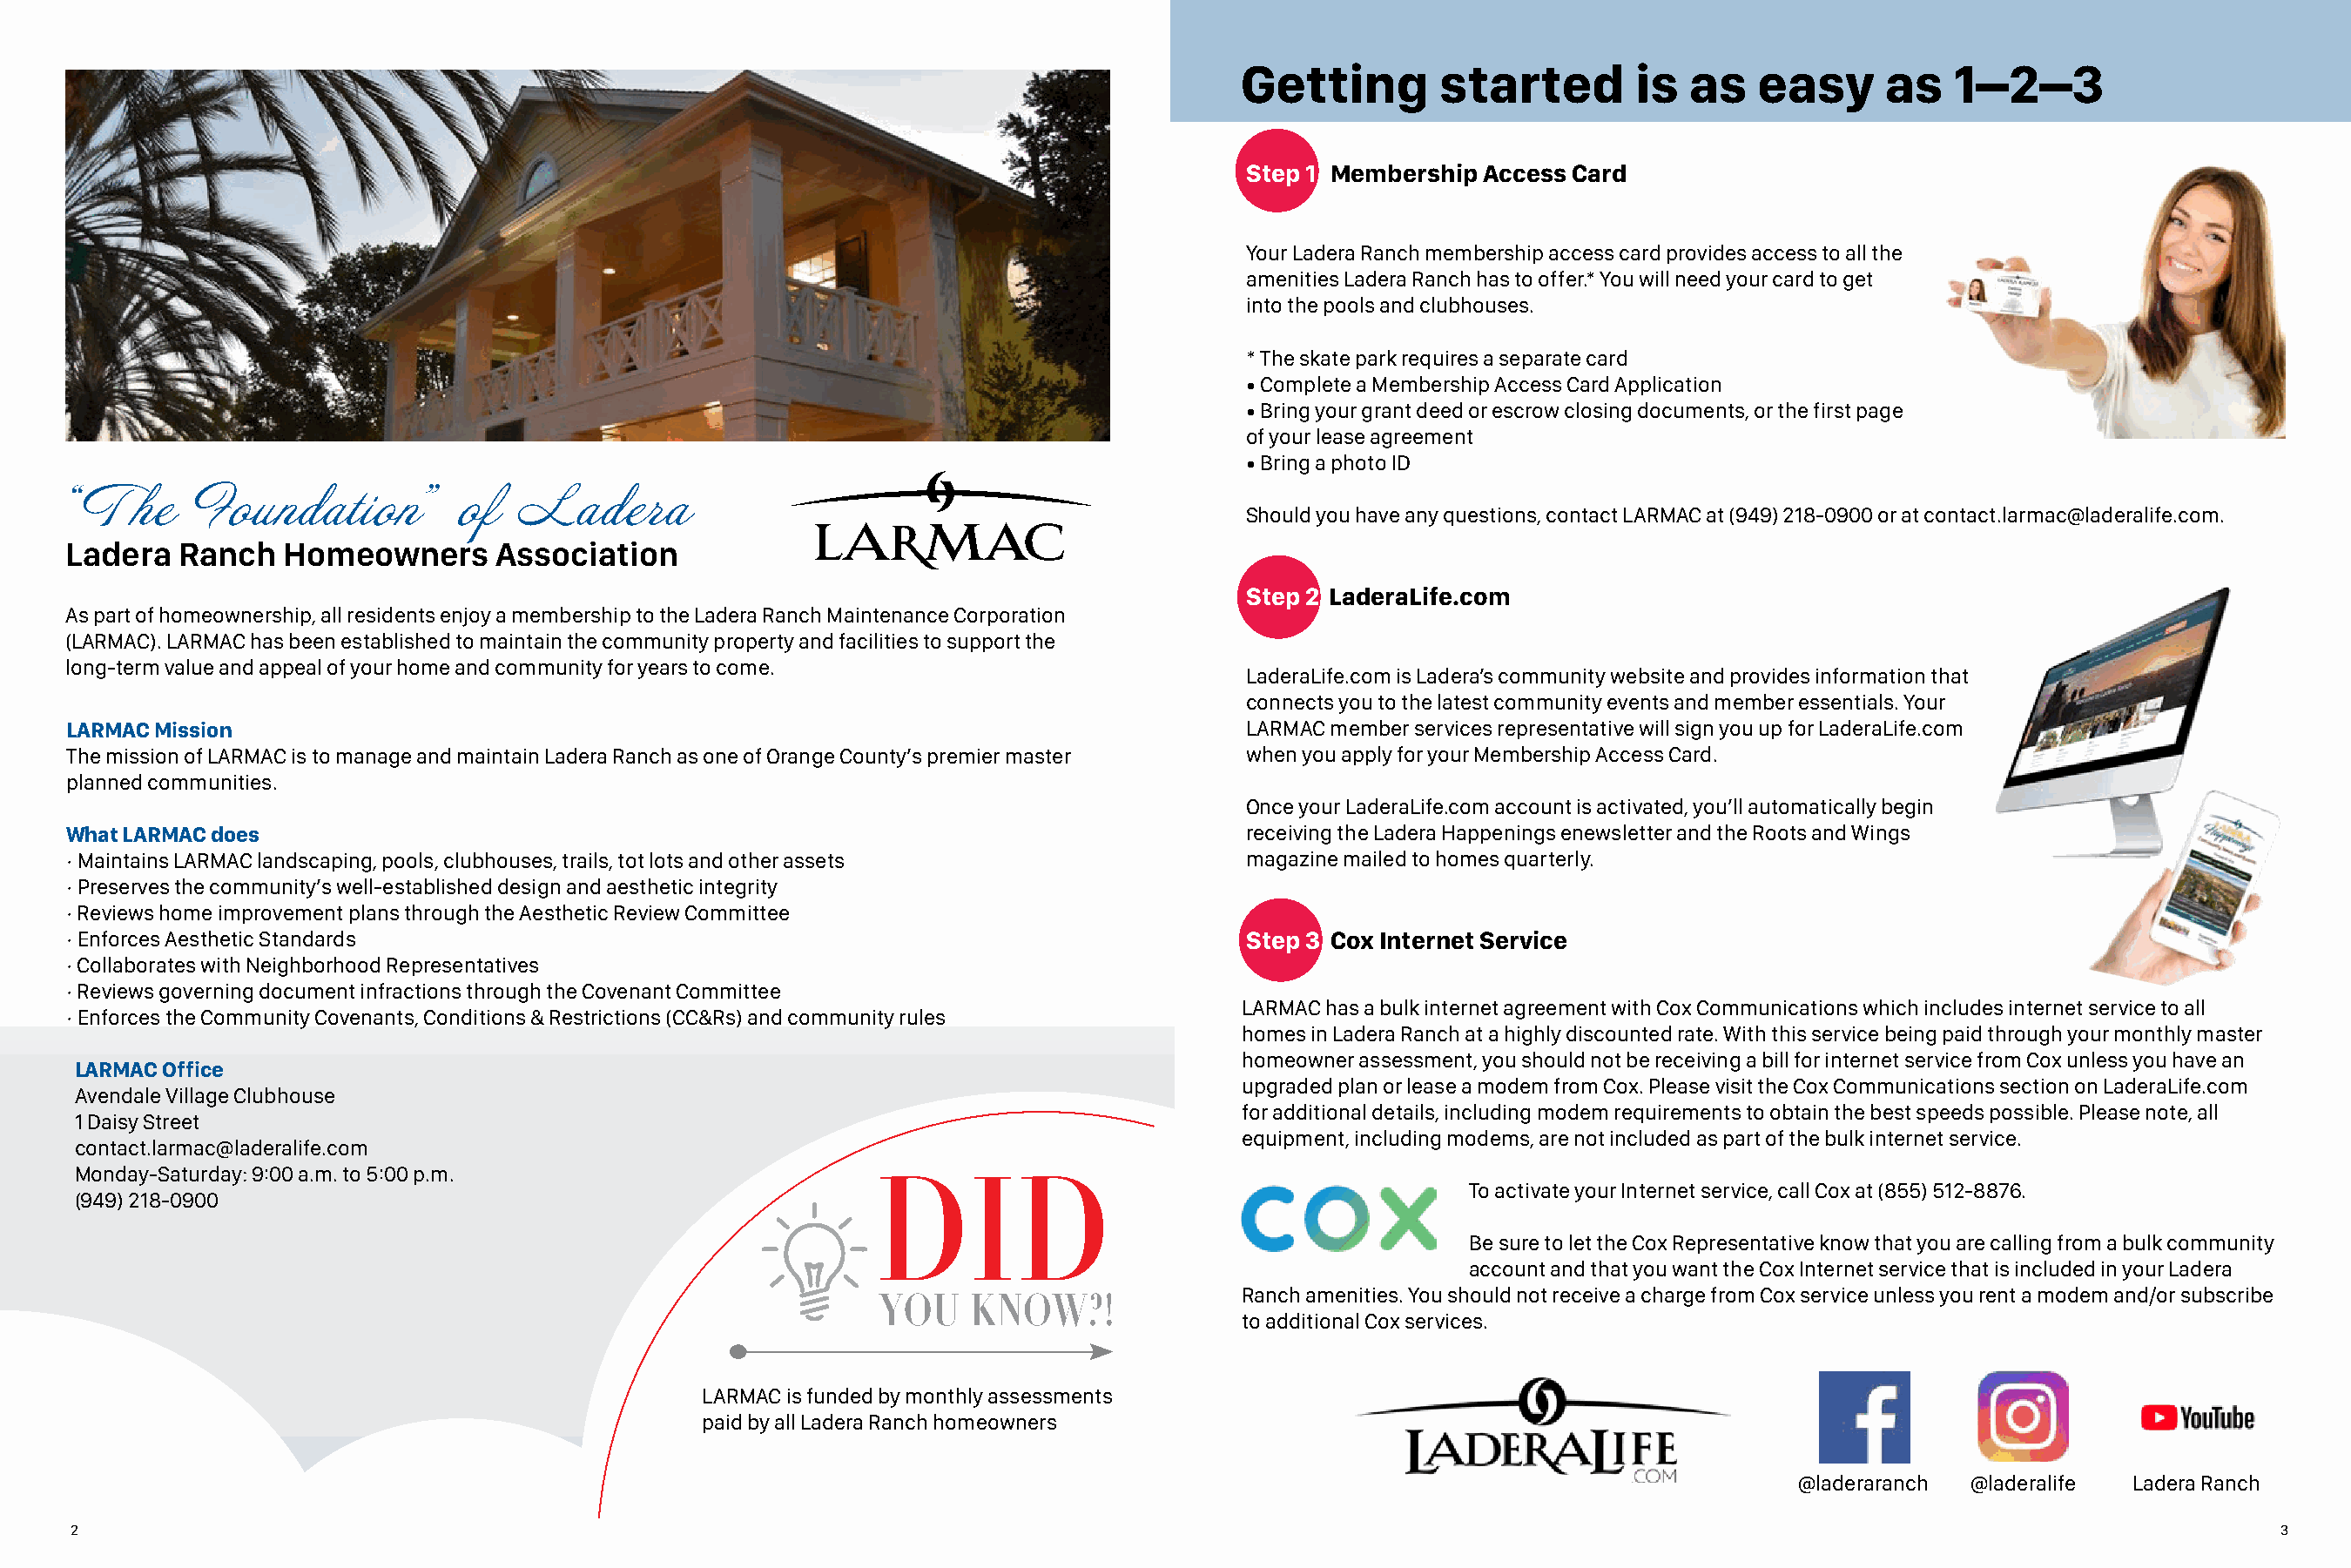
Getting        started        is  as    easy     as    1–2–3
 Step 1 Membership Access Card
 Your Ladera Ranch membership access card provides access to all the
 amenities Ladera Ranch has to offer.* You will need your card to get
 into the pools and clubhouses.
 * The skate park requires a separate card
 • Complete a Membership Access Card Application
 • Bring your grant deed or escrow closing documents, or the first page
 of your lease agreement
 • Bring a photo ID
 “The      Foundation"         of  Ladera
 Should you have any questions, contact LARMAC at (949) 218-0900 or at contact.larmac@laderalife.com.
 Ladera   Ranch   Homeowners      Association
 Step 2 LaderaLife.com
 As part of homeownership, all residents enjoy a membership to the Ladera Ranch Maintenance Corporation
 (LARMAC). LARMAC has been established to maintain the community property and facilities to support the
 long-term value and appeal of your home and community for years to come.
 LaderaLife.com is Ladera’s community website and provides information that
 connects you to the latest community events and member essentials. Your
 LARMAC Mission                                                                            LARMAC member services representative will sign you up for LaderaLife.com
 The mission of LARMAC is to manage and maintain Ladera Ranch as one of Orange County’s premier master when you apply for your Membership Access Card.
 planned communities.
 Once your LaderaLife.com account is activated, you’ll automatically begin
 What LARMAC does                                                                          receiving the Ladera Happenings enewsletter and the Roots and Wings
 · Maintains LARMAC landscaping, pools, clubhouses, trails, tot lots and other assets      magazine mailed to homes quarterly.
 · Preserves the community’s well-established design and aesthetic integrity
 · Reviews home improvement plans through the Aesthetic Review Committee
 · Enforces Aesthetic Standards                                                            Step 3 Cox Internet Service
 · Collaborates with Neighborhood Representatives
 · Reviews governing document infractions through the Covenant Committee
 LARMAC has a bulk internet agreement with Cox Communications which includes internet service to all
 · Enforces the Community Covenants, Conditions & Restrictions (CC&Rs) and community rules
 homes in Ladera Ranch at a highly discounted rate. With this service being paid through your monthly master
 homeowner assessment, you should not be receiving a bill for internet service from Cox unless you have an
 LARMAC Office
 upgraded plan or lease a modem from Cox. Please visit the Cox Communications section on LaderaLife.com
 Avendale Village Clubhouse
 for additional details, including modem requirements to obtain the best speeds possible. Please note, all
 1 Daisy Street
 equipment, including modems, are not included as part of the bulk internet service.
 contact.larmac@laderalife.com
 Monday-Saturday: 9:00 a.m. to 5:00 p.m.
 To activate your Internet service, call Cox at (855) 512-8876.
 (949) 218-0900
 Be sure to let the Cox Representative know that you are calling from a bulk community
 account and that you want the Cox Internet service that is included in your Ladera
 Ranch amenities. You should not receive a charge from Cox service unless you rent a modem and/or subscribe
 to additional Cox services.
 LARMAC is funded by monthly assessments
 paid by all Ladera Ranch homeowners
 @laderaranch @laderalife Ladera Ranch
 42                                                                                                                                                                      3